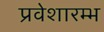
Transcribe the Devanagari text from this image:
प्रवेशारम्भ